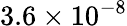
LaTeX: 3.6\times 10^{-8}